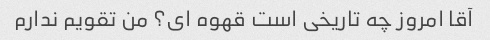
آقا امروز چه تاریخی است قهوه ای؟ من تقویم ندارم